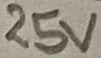
Text: 25V